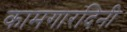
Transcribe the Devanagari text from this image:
कामगारदिनी